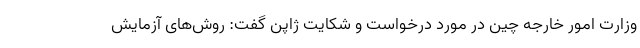
وزارت امور خارجه چین در مورد درخواست و شکایت ژاپن گفت: روش‌های آزمایش